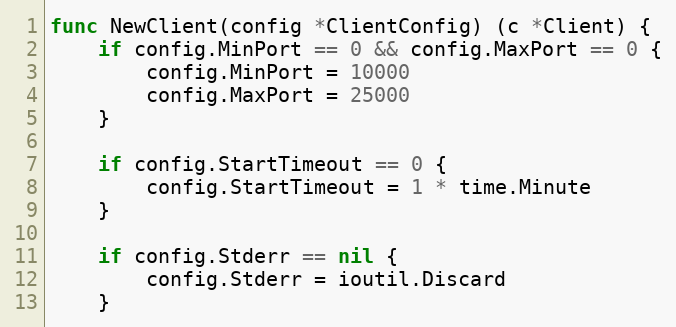
Language: Go
func NewClient(config *ClientConfig) (c *Client) {
	if config.MinPort == 0 && config.MaxPort == 0 {
		config.MinPort = 10000
		config.MaxPort = 25000
	}

	if config.StartTimeout == 0 {
		config.StartTimeout = 1 * time.Minute
	}

	if config.Stderr == nil {
		config.Stderr = ioutil.Discard
	}